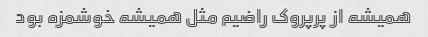
همیشه از پرپروک راضیم مثل همیشه خوشمزه بود